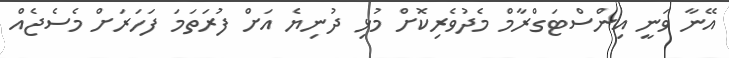
އޭނާ ވަނީ އިންސްޓަގްރާމް މެދުވެރިކޮށް މުޅި ދުނިޔެ އަށް ފުރަތަމަ ފަހަރަށް މެސެޖެއް